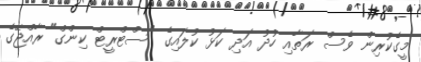
މީގެކުރިން ވެސް ރަތާއި ހުދު އަދި ކަޅު ކުލައިގެ "ސްޓްރީޓް ކިންގް" ރާއްޖޭގެ